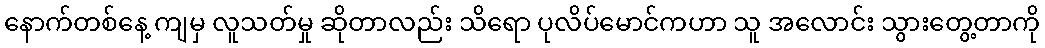
နောက်တစ်နေ့ ကျမှ လူသတ်မှု ဆိုတာလည်း သိရော ပုလိပ်မောင်ကဟာ သူ အလောင်း သွားတွေ့တာကို